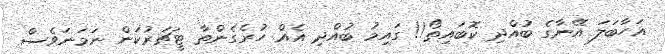
އަހާބަލަ އޭނާގެ ބުއްދި ކޮބައިތޯ!! ގައިމު ބުއްދި އެއް ހުރެގެންތާ ޓީޗަރުކަން ނަމަނަވެސް